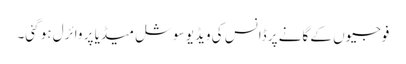
فوجیوں کے گانے پر ڈانس کی ویڈیو سوشل میڈیا پر وائرل ہو گئی۔